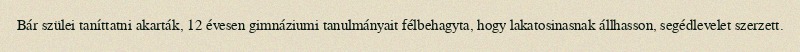
Bár szülei taníttatni akarták, 12 évesen gimnáziumi tanulmányait félbehagyta, hogy lakatosinasnak állhasson, segédlevelet szerzett.